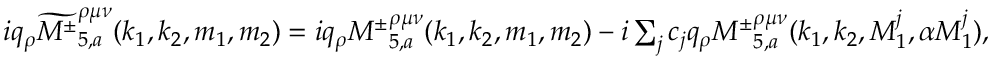
\begin{array} { r } { i q _ { \rho } \widetilde { { M ^ { \pm } } } _ { 5 , a } ^ { \rho \mu \nu } ( k _ { 1 } , k _ { 2 } , m _ { 1 } , m _ { 2 } ) = i q _ { \rho } { M ^ { \pm } } _ { 5 , a } ^ { \rho \mu \nu } ( k _ { 1 } , k _ { 2 } , m _ { 1 } , m _ { 2 } ) - i \sum _ { j } c _ { j } q _ { \rho } { M ^ { \pm } } _ { 5 , a } ^ { \rho \mu \nu } ( k _ { 1 } , k _ { 2 } , M _ { 1 } ^ { j } , \alpha M _ { 1 } ^ { j } ) , } \end{array}